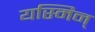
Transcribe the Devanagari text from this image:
यस्मिन्‌